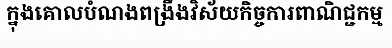
ក្នុងគោលបំណងពង្រឹងវិស័យកិច្ចការពាណិជ្ជកម្ម